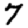
Digit: 7